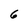
Character: 6